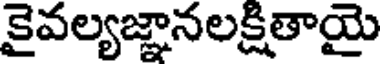
కైవల్యజ్ఞానలక్షితాయై